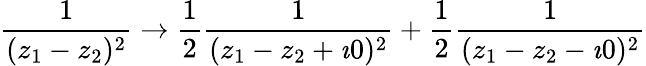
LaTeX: \frac{1}{(z_{1}-z_{2})^{2}}\rightarrow\frac{1}{2}\frac{1}{(z_{1}-z_{2}+\imath 0)^{2}}+\frac{1}{2}\frac{1}{(z_{1}-z_{2}-\imath 0)^{2}}